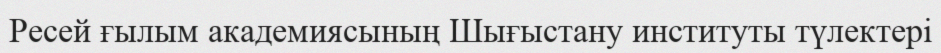
Ресей ғылым академиясының Шығыстану институты түлектері